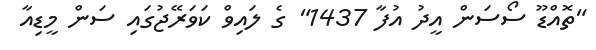
"ތޮއްޑޫ ސޯސަން އީދު އުފާ 1437" ގެ ލައިވް ކަވަރޭޖުގައި ސަން މީޑިއާ